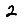
Digit: 2